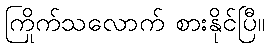
ကြိုက်သလောက် စားနိုင်ပြီ။